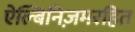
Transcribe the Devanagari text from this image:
ऐल्बिनिज़मरहित